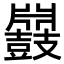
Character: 𪔥